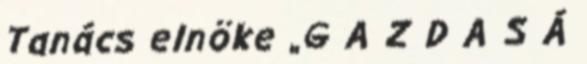
Tanács elnöke „G A Z D A S Á